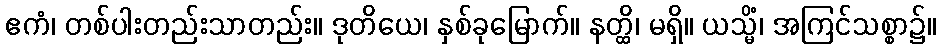
ဧကံ၊ တစ်ပါးတည်းသာတည်း။ ဒုတိယေ၊ နှစ်ခုမြောက်။ နတ္ထိ၊ မရှိ။ ယသ္မိံ၊ အကြင်သစ္စာ၌။